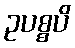
ဥပစ္စပိ